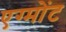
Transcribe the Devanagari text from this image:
एग्मोंट